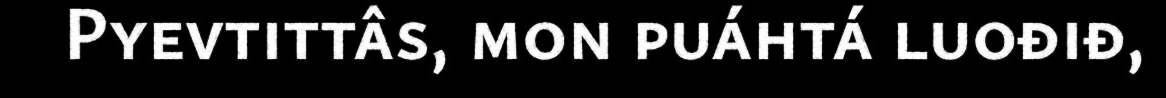
Pyevtittâs, mon puáhtá luođiđ,